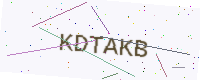
Text: KDTAKB